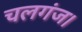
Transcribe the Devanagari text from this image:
चलगंज।